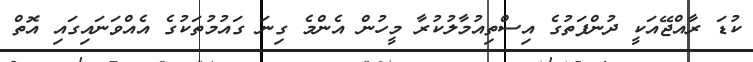
ކުޑަ ރާއްޖޭއަކީ ދުންފަތުގެ އިސްތިއުމާލުކުރާ މީހުން އެންމެ ގިނަ ގައުމުތަކުގެ އެއްވަނައިގައި އޮތް